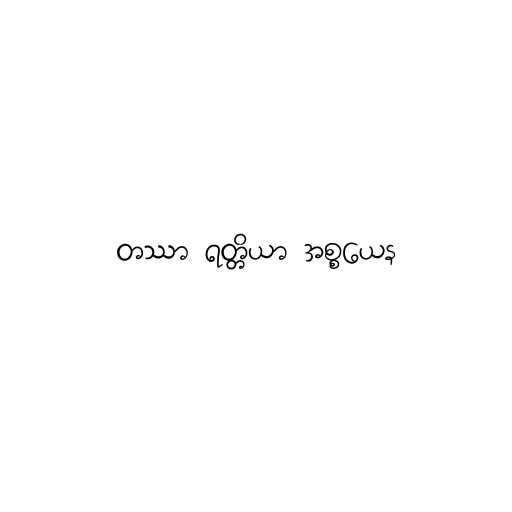
တဿာ ရတ္တိယာ အစ္စယေန